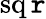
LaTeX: \operatorname{sq\mathtt{r}}